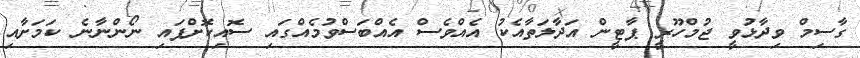
ގާސިމް ވިދާޅުވީ ޖުމްހޫރީ ޕާޓީން އަދާލަތާއެކު އެއްވެސް އެއްބަސްވުމެއްގައި ސޮއިކޮށްފައި ނޯންނާނެ ކަމަށާއި